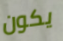
يكون